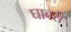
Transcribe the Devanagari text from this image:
घाबरी